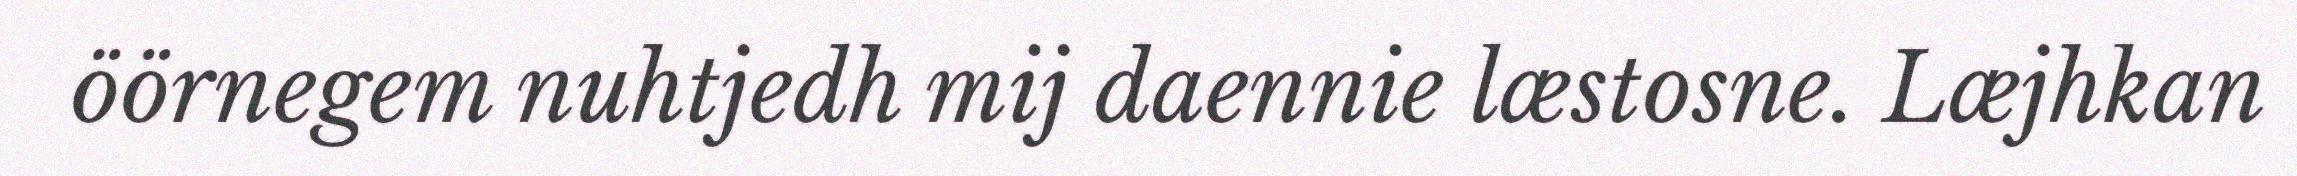
öörnegem nuhtjedh mij daennie læstosne. Læjhkan